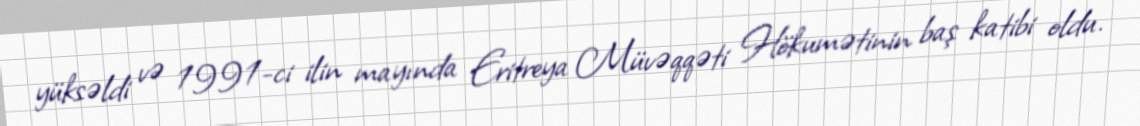
yüksəldi və 1991-ci ilin mayında Eritreya Müvəqqəti Hökumətinin baş katibi oldu.